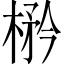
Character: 𱣼